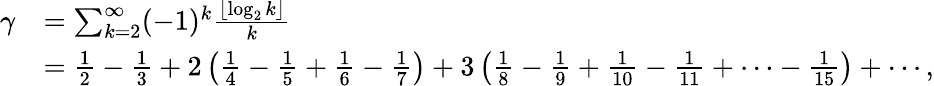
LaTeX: {\begin{array}{rl}{\gamma}&{=\sum_{k=2}^{\infty}(-1)^{k}{\frac{\left\lfloor\log_{2}k\right\rfloor}{k}}}\\ &{={\frac{1}{2}}-{\frac{1}{3}}+2\left({\frac{1}{4}}-{\frac{1}{5}}+{\frac{1}{6}}-{\frac{1}{7}}\right)+3\left({\frac{1}{8}}-{\frac{1}{9}}+{\frac{1}{10}}-{\frac{1}{11}}+\cdots-{\frac{1}{15}}\right)+\cdots,}\end{array}}